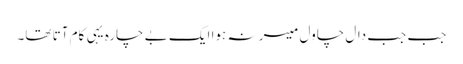
جب جب دال چاول میسر نہ ہوا ایک بے چارہ یہی کام آتا تھا۔